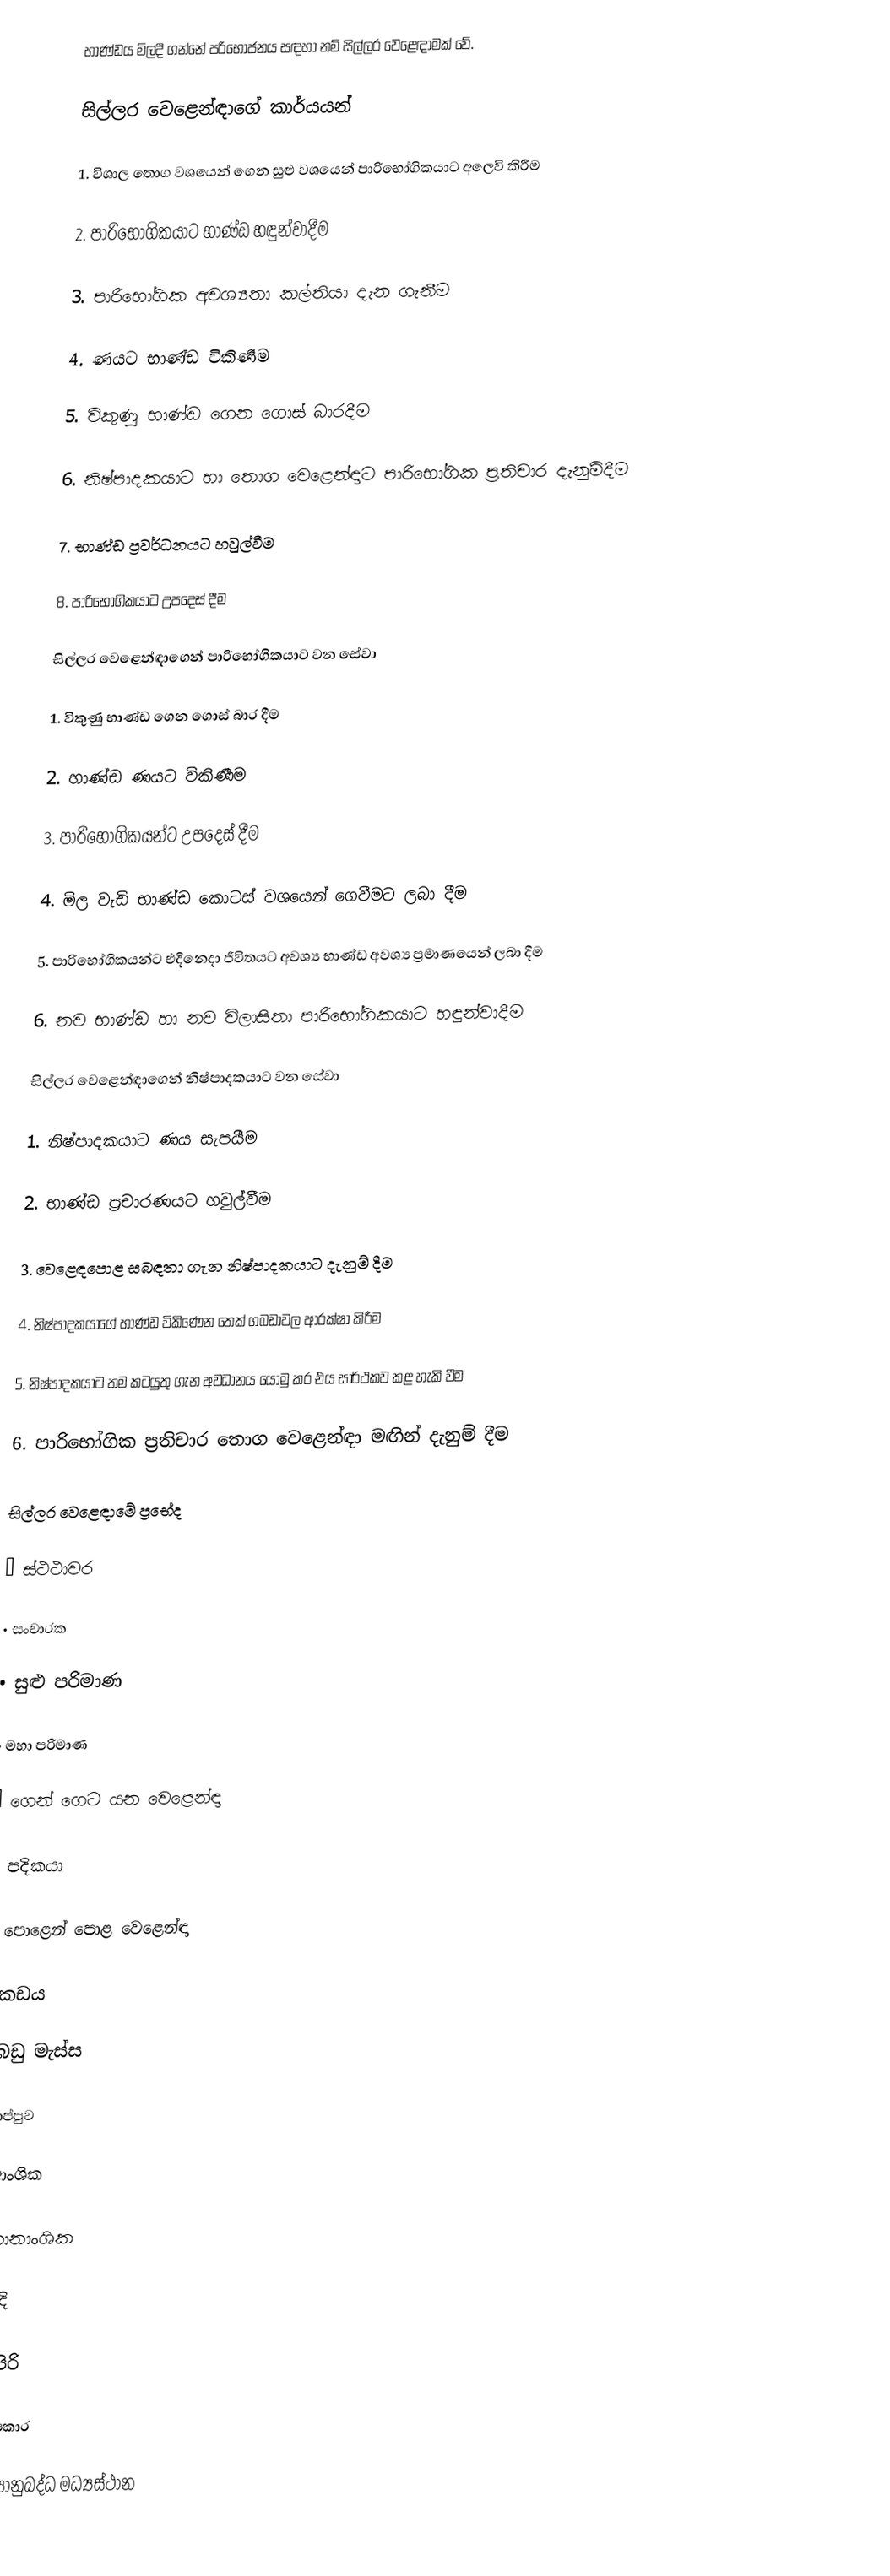
භාණ්ඩය මිලදී ගන්නේ පරිභෝජනය සඳහා නම් සිල්ලර වෙළෙඳාමක් වේ.

සිල්ලර වෙළෙන්ඳාගේ කාර්යයන්

1.	විශාල තොග වශයෙන් ගෙන සුළු වශයෙන් පාරිභෝගිකයාට අලෙවි කිරීම

2.	පාරිභෝගිකයාට භාණ්ඩ හඳුන්වාදීම

3.	පාරිභෝගික අවශ්‍යතා කල්තියා දැන ගැනීම

4.	ණයට භාණ්ඩ විකිණීම

5.	විකුණූ භාණ්ඩ ගෙන ගොස් බාරදීම

6.	නිෂ්පාදකයාට හා තොග වෙළෙන්ඳාට පාරිභෝගික ප්‍රතිචාර දැනුම්දීම

7.	භාණ්ඩ ප්‍රවර්ධනයට හවුල්වීම

8.	පාරිභෝගිකයාට උපදෙස් දීම

සිල්ලර වෙළෙන්ඳාගෙන් පාරිභෝගිකයාට වන සේවා

1.	විකුණු භාණ්ඩ ගෙන ගොස් බාර දීම

2.	භාණ්ඩ ණයට විකිණීම

3.	පාරිභෝගිකයන්ට උපදෙස් දීම

4.	මිල වැඩි භාණ්ඩ කොටස් වශයෙන් ගෙවීමට ලබා දීම

5.	පාරිභෝගිකයන්ට එදිනෙදා ජීවිතයට අවශ්‍ය භාණ්ඩ අවශ්‍ය ප්‍රමාණයෙන් ලබා දීම

6.	නව භාණ්ඩ හා නව විලාසිතා පාරිභෝගිකයාට හඳුන්වාදීම

සිල්ලර වෙළෙන්ඳාගෙන් නිෂ්පාදකයාට වන සේවා

1.	නිෂ්පාදකයාට ණය සැපයීම

2.	භාණ්ඩ ප්‍රචාරණයට හවුල්වීම

3.	වෙළෙඳපොළ සබඳතා ගැන නිෂ්පාදකයාට දැනුම් දීම

4.	නිෂ්පාදකයාගේ භාණ්ඩ විකිණෙන තෙක් ගබඩාවල ආරක්ෂා කිරීම

5.	නිෂ්පාදකයාට තම කටයුතු ගැන අවධානය යොමු කර එය සාර්ථකව කළ හැකි වීම

6.	පාරිභෝගික ප්‍රතිචාර තොග වෙළෙන්ඳා මඟින් දැනුම් දීම

සිල්ලර වෙළෙඳාමේ ප්‍රභේද

•	ස්ථථාවර

•	සංචාරක

•	සුළු පරිමාණ

•	මහා පරිමාණ

•	ගෙන් ගෙට යන වෙළෙන්ඳා

•	පදිකයා

•	පොළෙන් පොළ වෙළෙන්ඳා

•	කඩය

•	බඩු මැස්ස

•	සාප්පුව

•	ආංශික

•	නානාංශික

•	බදි

•	සුපිරි

•	සමූපකාර

•	රාජ්‍යානුබද්ධ මධ්‍යස්ථාන